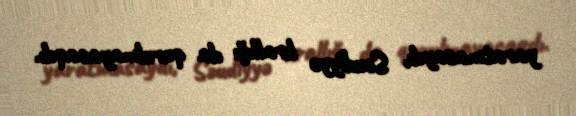
yaratmasaydı, Səudiyyə krallığı da qurulmayacaqdı.